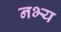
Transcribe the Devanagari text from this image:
नभ्य